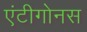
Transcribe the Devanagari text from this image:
एंटीगोनस